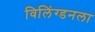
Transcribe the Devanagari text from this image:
विलिंग्डनला